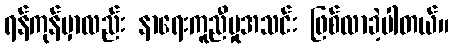
ရန်ကုန်မှာလည်း နာရေးကူညီမှုအသင်း ဖြစ်လာခဲ့ပါတယ်။